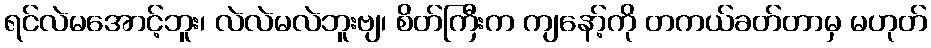
ရင်လဲမအောင့်ဘူး၊ လဲလဲမလဲဘူးဗျ၊ စိတ်ကြီးက ကျနော့်ကို တကယ်ခတ်တာမှ မဟုတ်